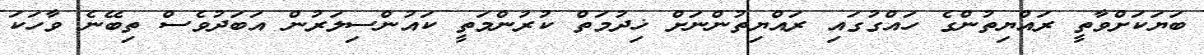
ބަޔަކަށްވާތީ ރައްޔިތުންގެ ހައްގުގައި ރައްޔިތުންނަށް ޚިދުމަތް ކުރުންމަތީ ކައުންސިލަރުން އަބަދުވެސް ތިބޭނެ ވާހަކަ